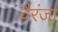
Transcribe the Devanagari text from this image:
वैरंजा